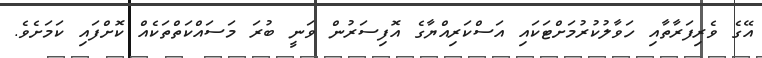
އޭގެ ވެރިފަރާތާއި ހަވާލުކުރުމަށްޓަކައި އަސްކަރިއްޔާގެ އޮފިސަރުން ވަނީ ބުރަ މަސައްކަތްތަކެއް ކޮށްފައި ކަމަށެވެ.